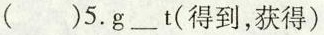
( )5.g___t(得到,获得)